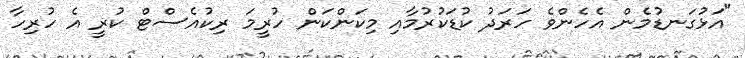
"އަޅުގަނޑުމެން އެހެންވެ ހަރަދު ކުޑަކުރުމާއި މިކަންކަން ހުރީމަ ރިކުއެސްޓް ކުރީ އެ ހުރިހާ